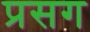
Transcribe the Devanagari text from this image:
प्रसग